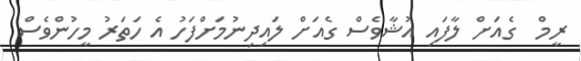
ރީމް  ގެއަށް ލާފައި އުޝާވެސް ގެއަށް ލައިދިނުމަށްފަހު އެ ހަތަރު މީހުންވެސް